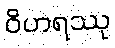
ဝိဟရဿု